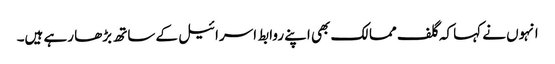
انہوں نے کہا کہ گلف ممالک بھی اپنے روابط اسرائیل کے ساتھ بڑھا رہے ہیں۔